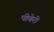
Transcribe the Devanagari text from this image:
पीबेरी